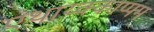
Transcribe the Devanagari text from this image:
एथाय्क्काप्पम